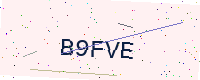
Text: B9FVE